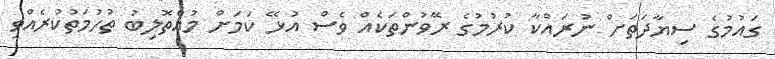
ގައުމުގެ ސިޔާދަތަށް ނުރައްކާ ކުރުމުގެ ރޭވުންތަކެއް ވެސް އުޅޭ ކަމަށް މުއްތޮލިބު ތުހުމަތުކުރެއްވި